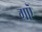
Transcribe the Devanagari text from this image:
गऎ